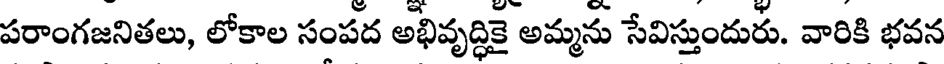
పరాంగజనితలు, లోకాల సంపద అభివృద్ధికై అమ్మను సేవిస్తుందురు. వారికి భవన